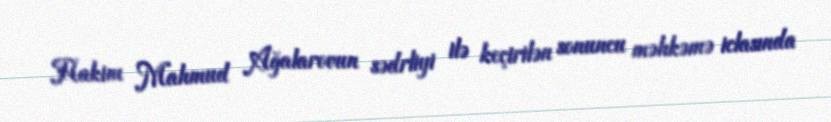
Hakim Mahmud Ağalarovun sədrliyi ilə keçirilən sonuncu məhkəmə iclasında